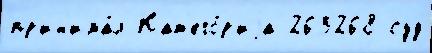
пр'ин'има́л Кат'его́р'иjа 263268 суд